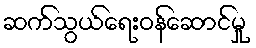
ဆက်သွယ်ရေးဝန်ဆောင်မှု